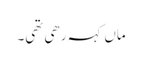
ماں کہہ رھی تھی۔